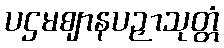
ပဌမဈာနပဉှာသုတ္တံ